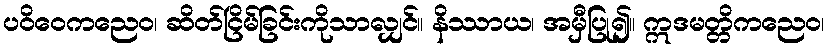
ပဝိဝေကညေဝ၊ ဆိတ်ငြိမ်ခြင်းကိုသာလျှင်။ နိဿာယ၊ အမှီပြု၍။ ဣဒမတ္တိကညေဝ၊